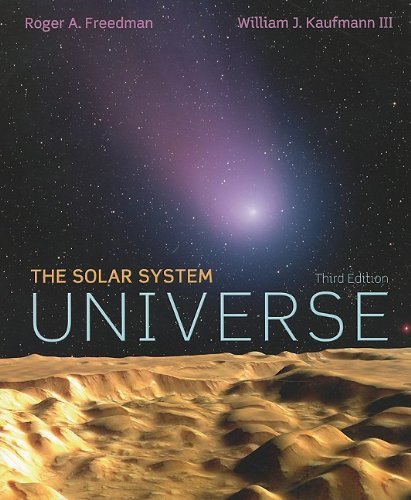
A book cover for Universe Solar System , 3RD EDITION; Roger A. Freedman; Science & Math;